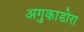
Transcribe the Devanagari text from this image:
अगुकाडोरा